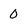
Character: 0